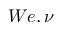
W e , \nu